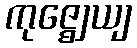
ကုဇ္ဈေယျ